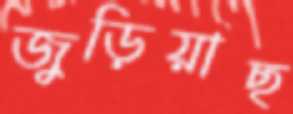
জুড়িয়াছ